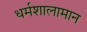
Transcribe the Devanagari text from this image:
धर्मशालामान